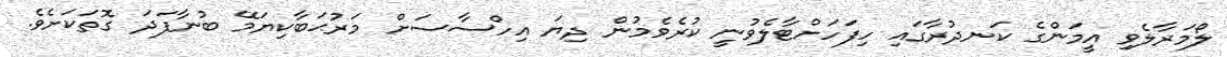
ލޯމަރާލެވި އީމަންގެ ކަނދުރާގައި ހިފަހަށްޓާލެވުނީ ކުރެވެމުން ދިޔަ އިހްސާސަށް މަރުޙަބާކިޔަމޭ ބުނާފަދަ ގޮތަކަށެވެ.